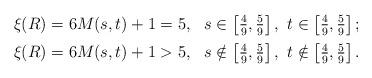
LaTeX: \begin{align*}\arraycolsep=5pt\def\arraystretch{1.4}\begin{array}{rl}\xi(R)=6M(s,t)+1=5, & s\in\left[\frac{4}{9},\frac{5}{9}\right], \ t \in\left[\frac{4}{9},\frac{5}{9}\right];\\\xi(R)=6M(s,t)+1>5, & s\notin\left[\frac{4}{9},\frac{5}{9}\right], \ t \notin\left[\frac{4}{9},\frac{5}{9}\right]. \\\end{array}\end{align*}